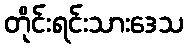
တိုင်းရင်းသားဒေသ